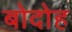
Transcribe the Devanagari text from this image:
बोदोह